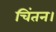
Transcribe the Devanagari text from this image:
चिंतन।